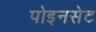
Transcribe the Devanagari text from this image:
पोइनसेट